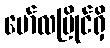
မော်လမြိုင်ရှိ